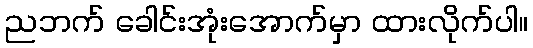
ညဘက် ခေါင်းအုံးအောက်မှာ ထားလိုက်ပါ။